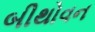
બીથોવન